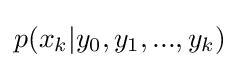
p(x_{k}|y_{0},y_{1},...,y_{k})